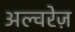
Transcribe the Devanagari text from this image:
अल्वरेज़